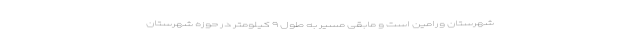
شهرستان ورامین است و مابقی مسیر به طول ۹ کیلومتر در حوزه شهرستان